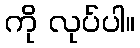
ကို လုပ်ပါ။